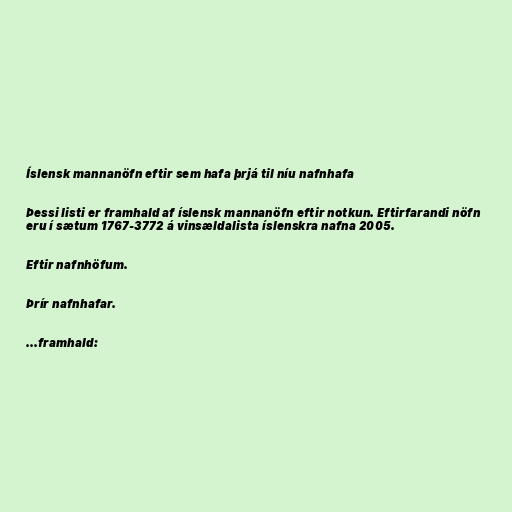
Íslensk mannanöfn eftir sem hafa þrjá til níu nafnhafa

Þessi listi er framhald af íslensk mannanöfn eftir notkun. Eftirfarandi nöfn
eru í sætum 1767-3772 á vinsældalista íslenskra nafna 2005.

Eftir nafnhöfum.

Þrír nafnhafar.

...framhald: